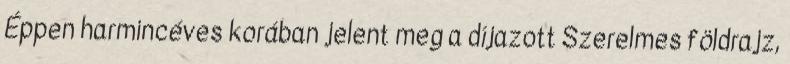
Éppen harmincéves korában jelent meg a díjazott Szerelmes földrajz,